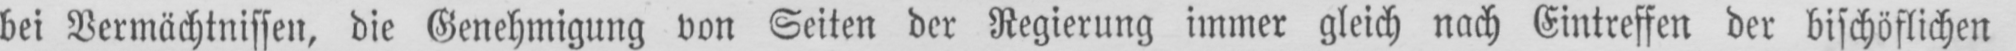
bei Vermächtnissen, die Genehmigung von Seiten der Regierung immer gleich nach Eintreffen der bischöflichen